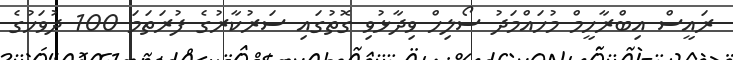
ރައީސް އިބްރާހީމް މުހައްމަދު ސޯލިހް ވިދާޅުވި ގޮތުގައި ސަރުކާރުގެ ފުރަތަމަ 100 ދުވަހުގެ